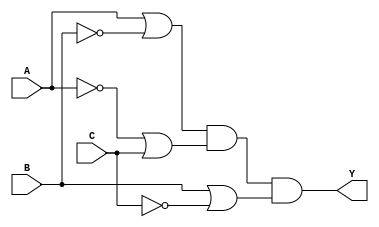
module pos_simplification (
    input wire A,      // First input variable
    input wire B,      // Second input variable
    input wire C,      // Third input variable
    output wire Y      // Output of the simplified POS expression
);

// Internal signals for the sum terms
wire A_or_B_not;     // A + B'
wire A_not_or_C;     // A' + C
wire B_or_C_not;     // B + C'

// Implementing the sum terms
assign A_or_B_not = A | ~B;          // A + B'
assign A_not_or_C = ~A | C;          // A' + C
assign B_or_C_not = B | ~C;          // B + C'

// Final output Y is the AND of the sum terms
assign Y = A_or_B_not & A_not_or_C & B_or_C_not; // (A + B')(A' + C)(B + C')

endmodule